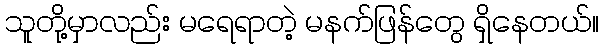
သူတို့မှာလည်း မရေရာတဲ့ မနက်ဖြန်တွေ ရှိနေတယ်။